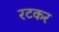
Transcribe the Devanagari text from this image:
रटकर